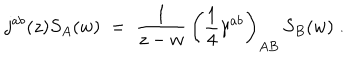
LaTeX: j ^ { a b } ( z ) S _ { A } ( w ) \; = \; \frac { 1 } { z - w } \, \left( \frac { 1 } { 4 } \gamma ^ { a b } \right) _ { A B } \, S _ { B } ( w ) \; .